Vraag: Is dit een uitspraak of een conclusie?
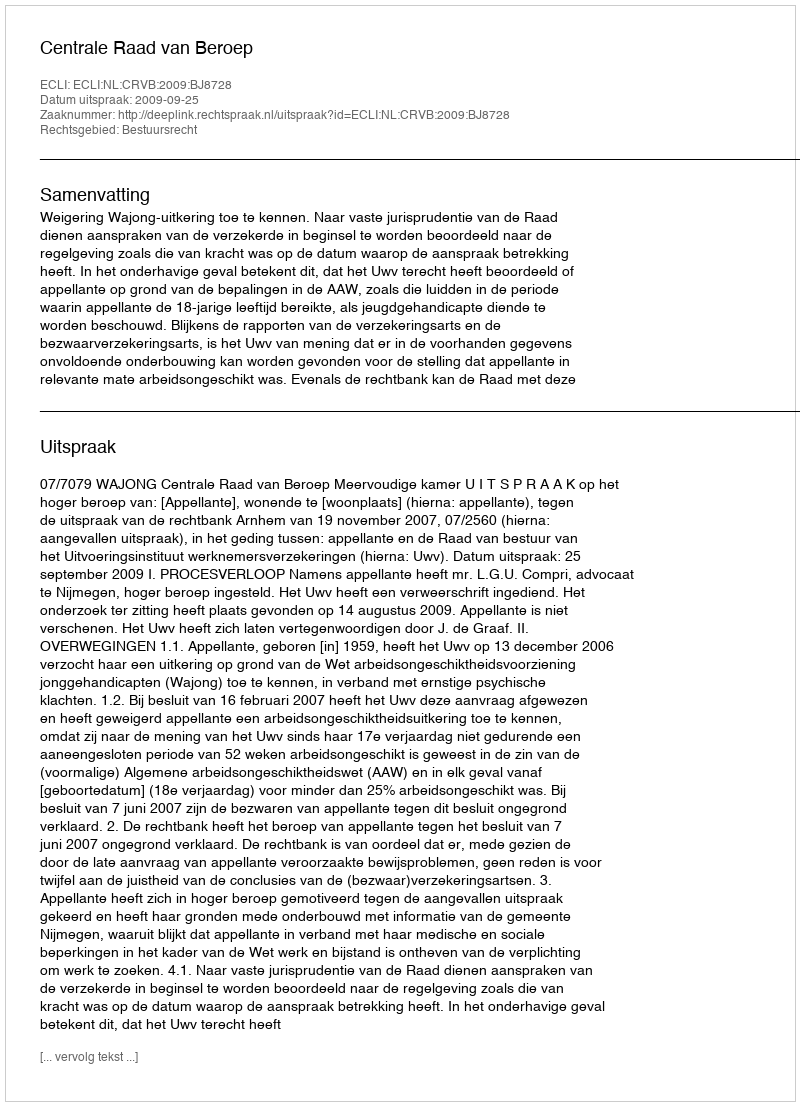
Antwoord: Uitspraak